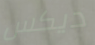
ديكس